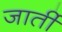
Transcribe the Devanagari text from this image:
जार्ती